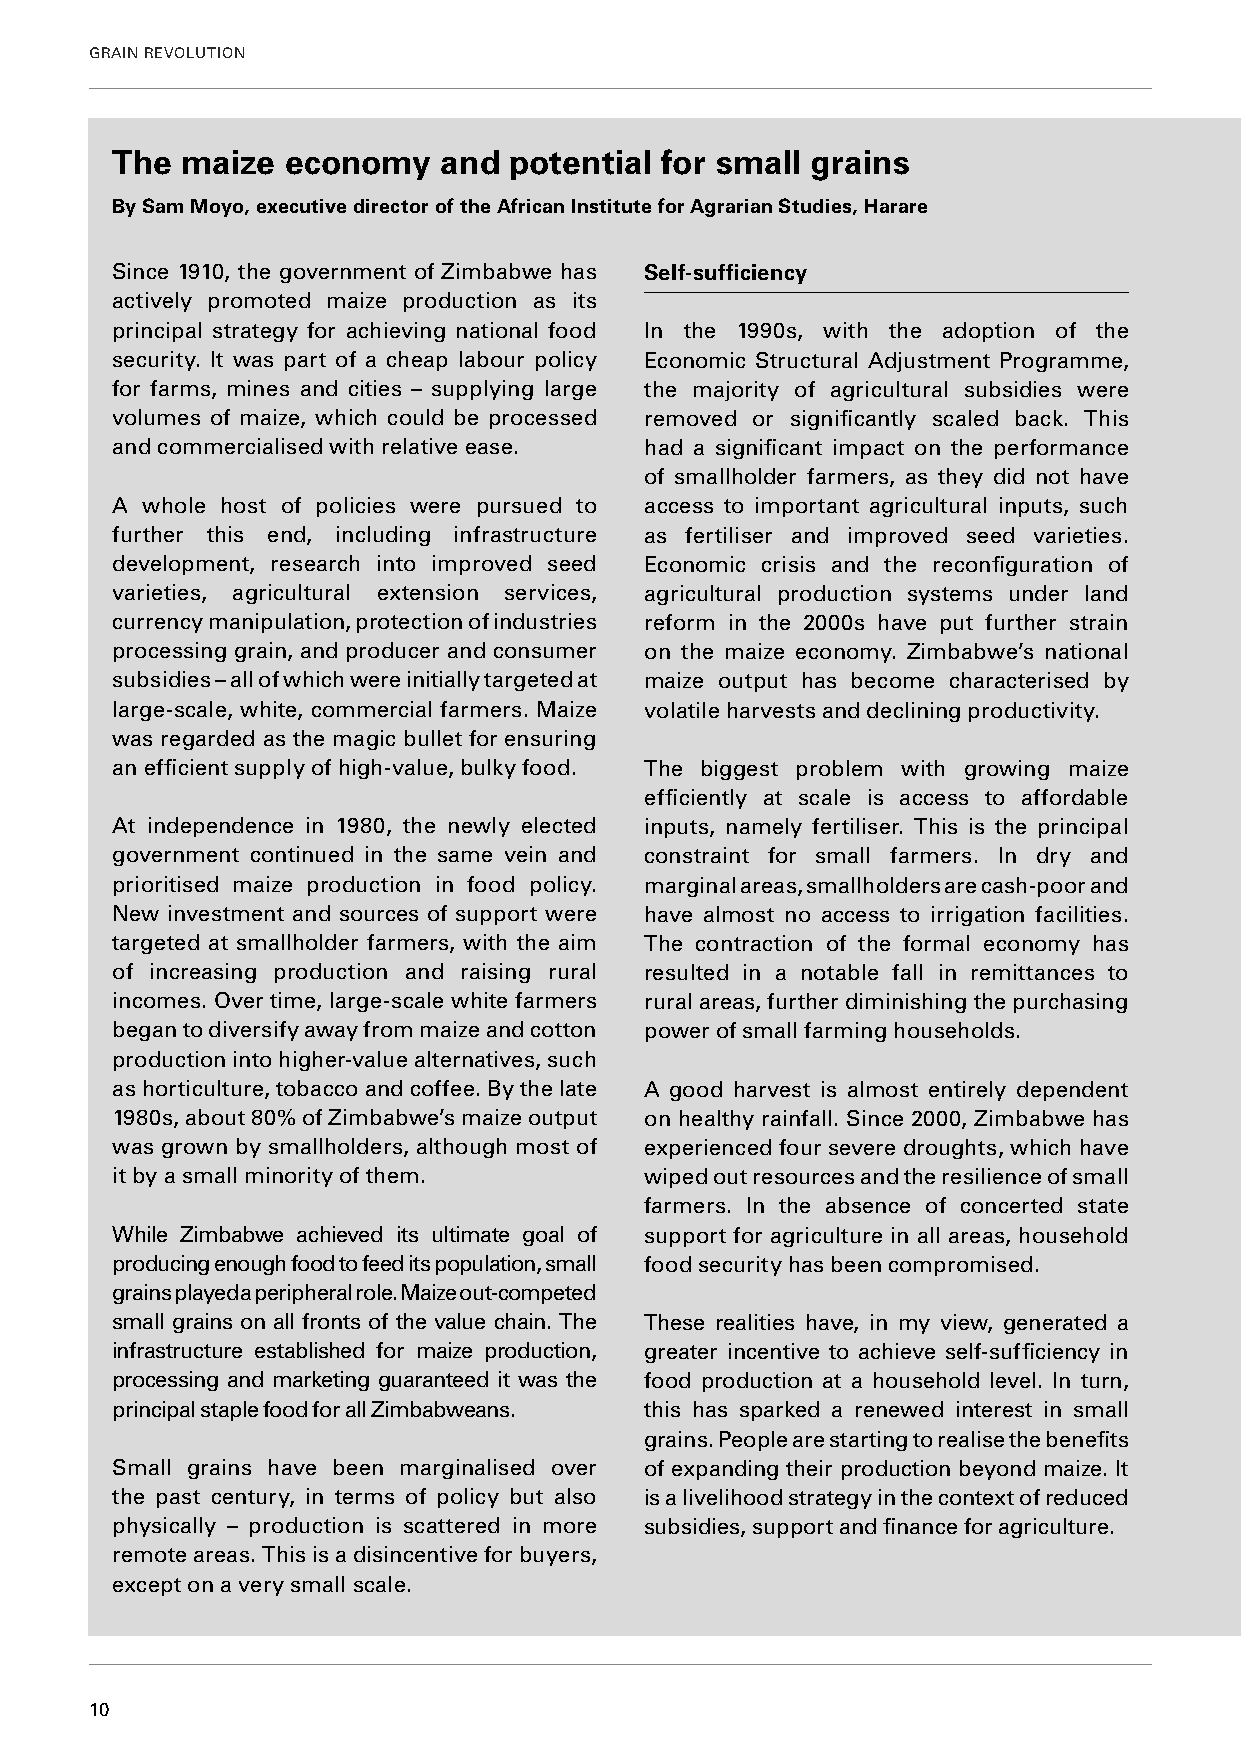
GRAIN REVOLUTION
 The  maize  economy   and  potential for small grains
 By Sam Moyo, executive director of the African Institute for Agrarian Studies, Harare
 Since 1910, the government of Zimbabwe has Self-sufficiency
 actively promoted maize production as its
 principal strategy for achieving national food In the 1990s, with the adoption of the
 security. It was part of a cheap labour policy Economic Structural Adjustment Programme,
 for farms, mines and cities – supplying large the majority of agricultural subsidies were
 volumes of maize, which could be processed removed or significantly scaled back. This
 and commercialised with relative ease. had a significant impact on the performance
 of smallholder farmers, as they did not have
 A whole host of policies were pursued to access to important agricultural inputs, such
 further this end, including infrastructure as fertiliser and improved seed varieties.
 development, research into improved seed Economic crisis and the reconfiguration of
 varieties, agricultural extension services, agricultural production systems under land
 currency manipulation, protection of industries reform in the 2000s have put further strain
 processing grain, and producer and consumer on the maize economy. Zimbabwe’s national
 subsidies – all of which were initially targeted at maize output has become characterised by
 large-scale, white, commercial farmers. Maize volatile harvests and declining productivity.
 was regarded as the magic bullet for ensuring
 an efficient supply of high-value, bulky food. The biggest problem with growing maize
 efficiently at scale is access to affordable
 At independence in 1980, the newly elected inputs, namely fertiliser. This is the principal
 government continued in the same vein and constraint for small farmers. In dry and
 prioritised maize production in food policy. marginal areas, smallholders are cash-poor and
 New investment and sources of support were have almost no access to irrigation facilities.
 targeted at smallholder farmers, with the aim The contraction of the formal economy has
 of increasing production and raising rural resulted in a notable fall in remittances to
 incomes. Over time, large-scale white farmers rural areas, further diminishing the purchasing
 began to diversify away from maize and cotton power of small farming households.
 production into higher-value alternatives, such
 as horticulture, tobacco and coffee. By the late A good harvest is almost entirely dependent
 1980s, about 80% of Zimbabwe’s maize output on healthy rainfall. Since 2000, Zimbabwe has
 was grown by smallholders, although most of experienced four severe droughts, which have
 it by a small minority of them.     wiped out resources and the resilience of small
 farmers. In the absence of concerted state
 While Zimbabwe achieved its ultimate goal of support for agriculture in all areas, household
 producing enough food to feed its population, small food security has been compromised.
 grains played a peripheral role. Maize out-competed
 small grains on all fronts of the value chain. The These realities have, in my view, generated a
 infrastructure established for maize production, greater incentive to achieve self-sufficiency in
 processing and marketing guaranteed it was the food production at a household level. In turn,
 principal staple food for all Zimbabweans. this has sparked a renewed interest in small
 grains. People are starting to realise the benefits
 Small grains have been marginalised over of expanding their production beyond maize. It
 the past century, in terms of policy but also is a livelihood strategy in the context of reduced
 physically – production is scattered in more subsidies, support and finance for agriculture.
 remote areas. This is a disincentive for buyers,
 except on a very small scale.
 10